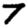
Digit: 7